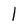
Character: l